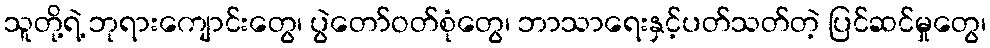
သူတို့ရဲ့ ဘုရားကျောင်းတွေ၊ ပွဲတော်ဝတ်စုံတွေ၊ ဘာသာရေးနှင့်ပတ်သတ်တဲ့ ပြင်ဆင်မှုတွေ၊